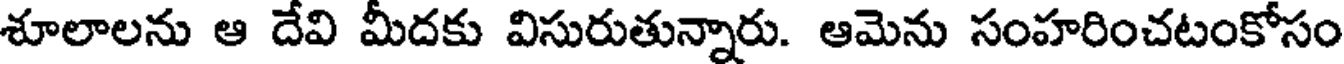
శూలాలను ఆ దేవి మీదకు విసురుతున్నారు. ఆమెను సంహరించటంకోసం